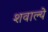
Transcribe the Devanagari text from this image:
शवाल्ये